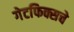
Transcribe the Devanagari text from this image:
गेटफिक्सचे